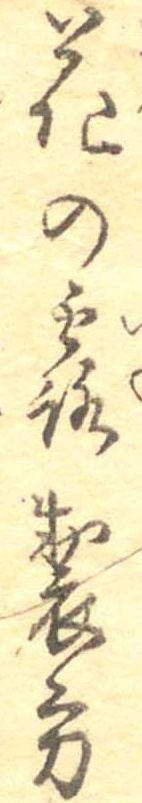
花の露製方